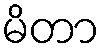
မိတာ